Report on vaccination in Madras 1904-1921 - 1904-1921
Year: 1904
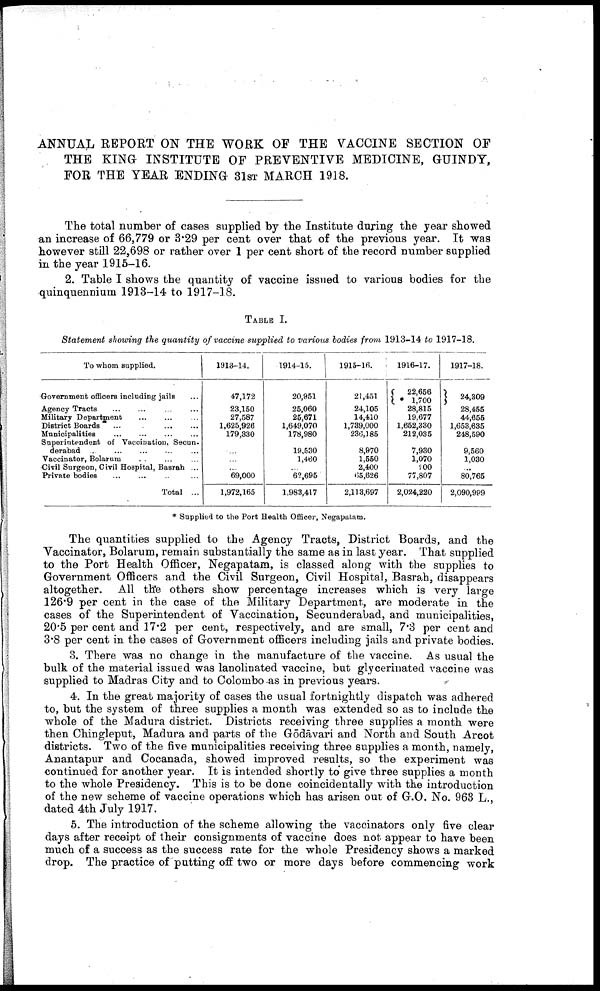
ANNUAL REPORT ON THE WORK OF THE VACCINE SECTION OF
THE KING INSTITUTE OF PREVENTIVE MEDICINE, GUINDY,
FOR THE YEAR ENDING 31ST MARCH 1918.
The total number of cases supplied by the Institute during the year showed
an increase of 66,779 or 3.29 per cent over that of the previous year. It was
however still 22,698 or rather over 1 per cent short of the record number supplied
in the year 1915-16.
2. Table I shows the quantity of vaccine issued to various bodies for the
quinquennium 1913-14 to 1917-18.
TABLE I.
Statement showing the quantity of vaccine supplied to various bodies from 1913-14 to 1917-18.
To whom supplied.
Government officers including jails ...
Agency Tracts
...
...
...
...
Military Department ... ... ...
District Boards
...
...
...
...
Municipalities ... ... ... ...
Superintendent of Vaccination, Secun-
derabad ... ... ... ... ...
Vaccinator, Bolarum ... ... ...
Civil Surgeon, Civil Hospital, Basrah ...
Private bodies ... ... ... ... ...
Total ...
1913-14.
47,172
23,150
27,587
1,625,926
179,330
...
...
...
69,000
1,972,165
1914-15.
20,951
25,060
25,671
1,649,070
178,980
19,530
1,460
...
62,695
1,983,417
1915-16.
21,451
24,105
14,410
1,739,000
236,185
8,970
1,550
2,400
65,626
2,113,697
1916-17.
22,656
* 1,700
28,815
19,677
1,652,330
212,035
7,930
1,070
500
77,807
2,024,220
1917-18.
24,309
28,455
44,655
1,653,635
248,590
9,560
1,030
...
80,765
2,090,999
* Supplied to the Port Health Officer, Negapatam.
The quantities supplied to the Agency Tracts, District Boards, and the
Vaccinator, Bolarum, remain substantially the same as in last year. That supplied
to the Port Health Officer, Negapatam, is classed along with the supplies to
Government Officers and the Civil Surgeon, Civil Hospital, Basrah, disappears
altogether. All the others show percentage increases which is very large
126.9 per cent in the case of the Military Department, are moderate in the
cases of the Superintendent of Vaccination, Secunderabad, and municipalities,
20.5 per cent and 17.2 per cent, respectively, and are small, 7.3 per cent and
3.8 per cent in the cases of Government officers including jails and private bodies.
3. There was no change in the manufacture of the vaccine. As usual the
bulk of the material issued was lanolinated vaccine, but glycerinated vaccine was
supplied to Madras City and to Colombo as in previous years.
4. In the great majority of cases the usual fortnightly dispatch was adhered
to, but the system of three supplies a month was extended so as to include the
whole of the Madura district. Districts receiving three supplies a month were
then Chingleput, Madura and parts of the Gōdāvari and North and South Arcot
districts. Two of the five municipalities receiving three supplies a month, namely,
Anantapur and Cocanada, showed improved results, so the experiment was
continued for another year. It is intended shortly to give three supplies a month
to the whole Presidency. This is to be done coincidentally with the introduction
of the new scheme of vaccine operations which has arisen out of G.O. No. 963 L.,
dated 4th July 1917.
5. The introduction of the scheme allowing the vaccinators only five clear
days after receipt of their consignments of vaccine does not appear to have been
much of a success as the success rate for the whole Presidency shows a marked
drop. The practice of putting off two or more days before commencing work